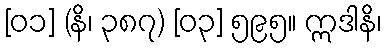
[၀၁] (နိ၊ ၃၈၇) [၀၃] ၅၉၅။ ဣဒါနိ၊